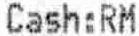
CASH:RM